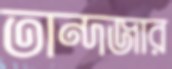
তান্দজার